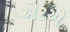
એરએ